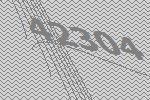
42304